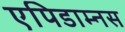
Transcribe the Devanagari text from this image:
एपिडाम्नस